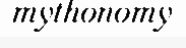
mythonomy